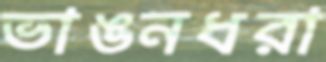
ভাঙনধরা